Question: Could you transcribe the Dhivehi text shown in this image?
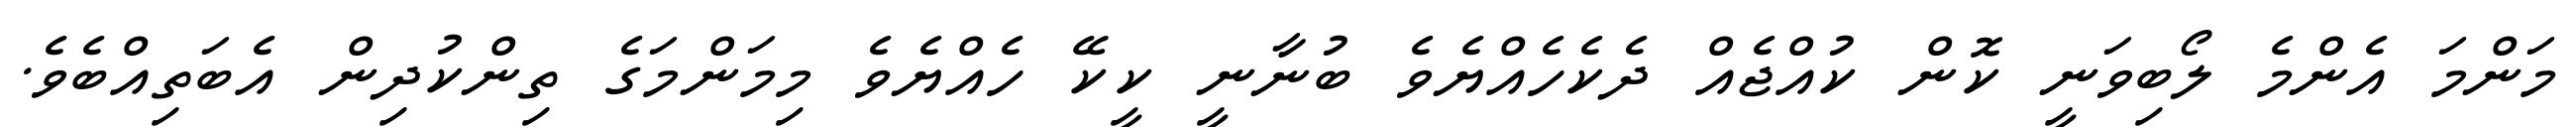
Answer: މަންމަ އެންމެ ލޯބިވަނީ ކޮން ކުއްޖެއް ދެކެހެއްޔެވެ ބުނާނީ ކީކޭ ހެއްޔެވެ މިމަންމަގެ ތިންކުދިން އެބަތިއްބެވެ.